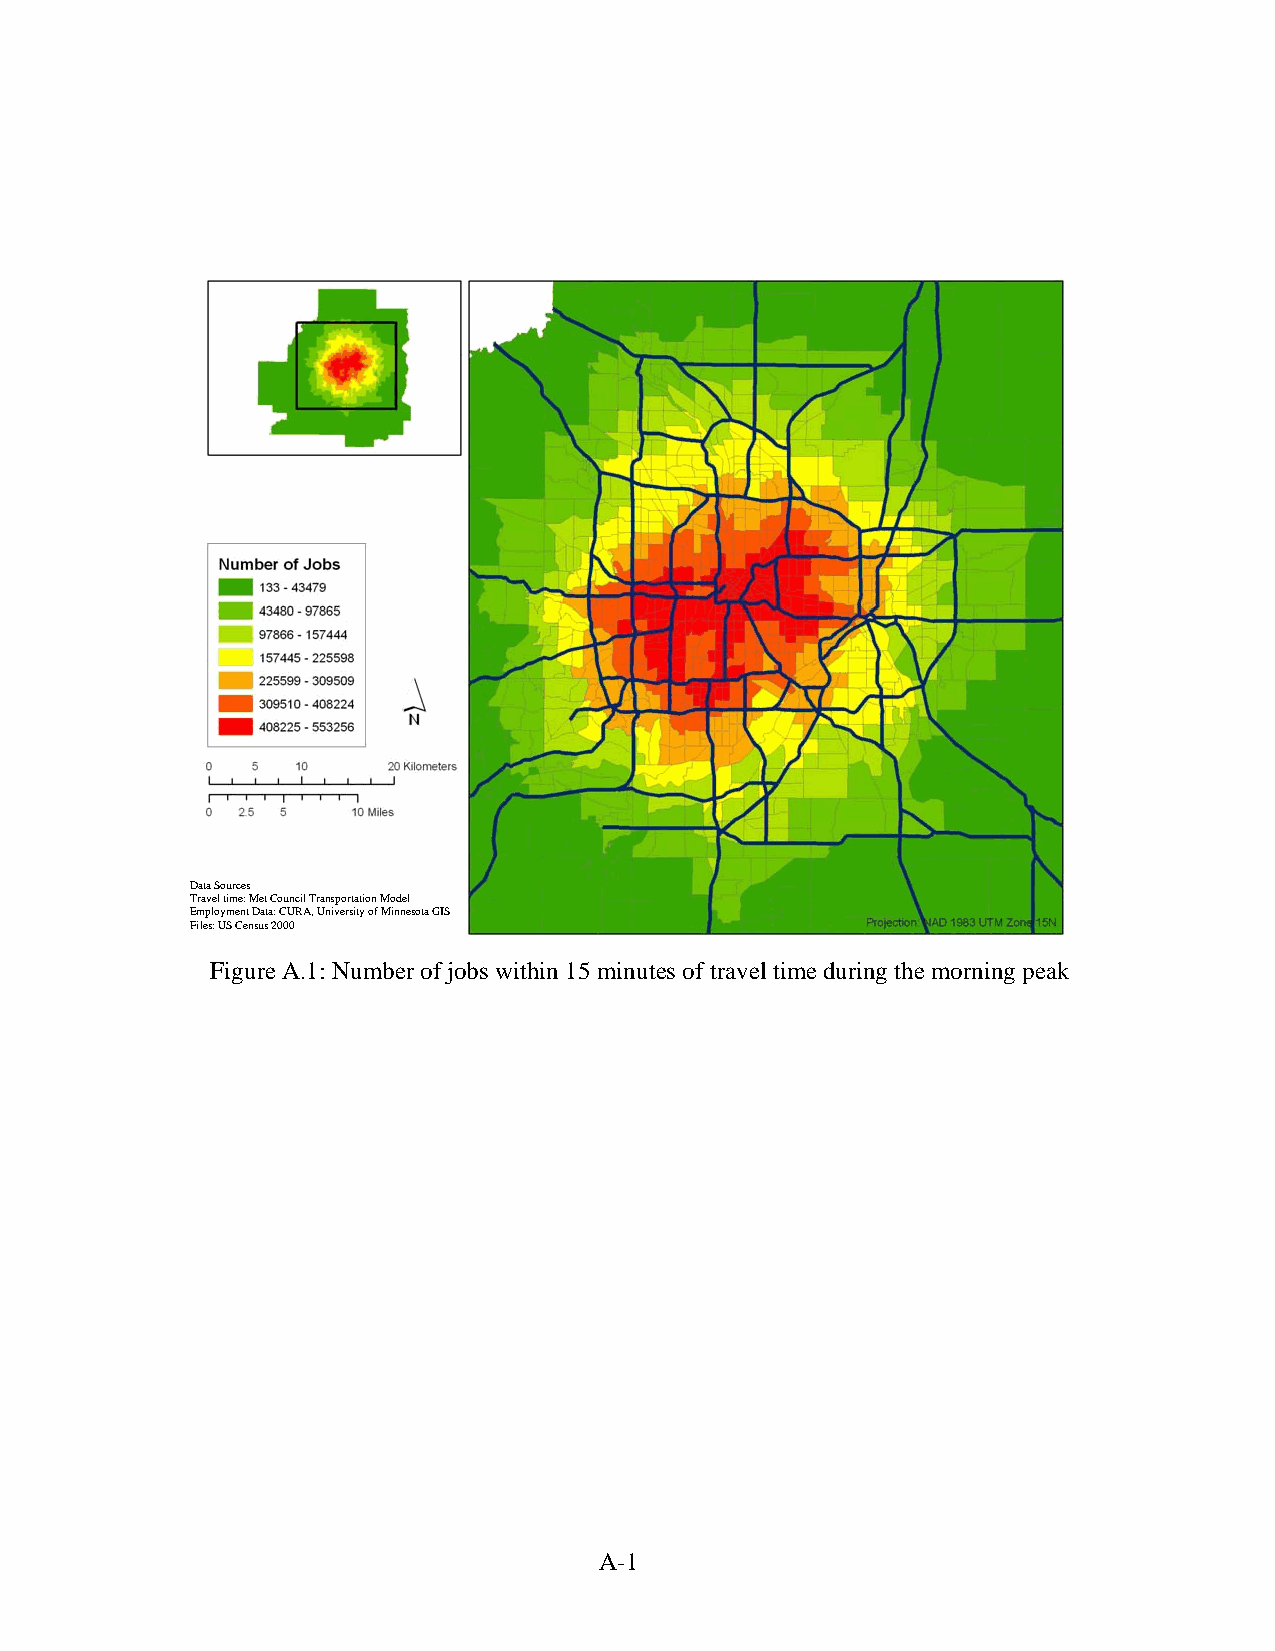
Data Sources
 Travel time: Met Council Transportation Model
 Employment Data: CURA, University of Minnesota GIS
 Files: US Census 2000
 Figure A.1: Number of jobs within 15 minutes of travel time during the morning peak
 A-1